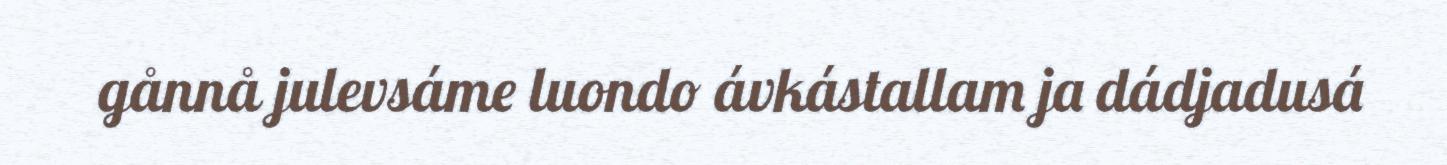
gånnå julevsáme luondo ávkástallam ja dádjadusá